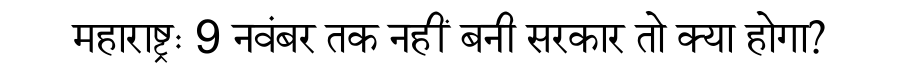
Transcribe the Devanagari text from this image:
महाराष्ट्रः 9 नवंबर तक नहीं बनी सरकार तो क्या होगा?